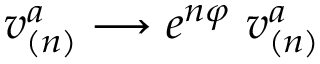
v _ { ( n ) } ^ { a } \longrightarrow e ^ { n \varphi } \ v _ { ( n ) } ^ { a }